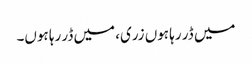
میں ڈر رہا ہوں زری، میں ڈر رہا ہوں۔